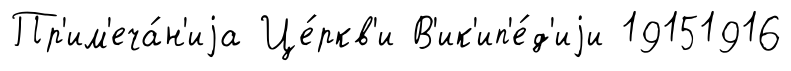
Пр'им'еча́н'иjа Це́ркв'и В'ик'ип'е́д'иjи 19151916